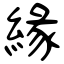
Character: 緣